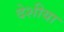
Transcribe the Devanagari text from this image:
देशीया